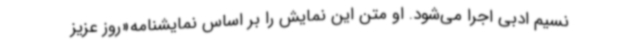
نسیم ادبی اجرا می‌شود. او متن این نمایش را بر اساس نمایشنامه«روز عزیز